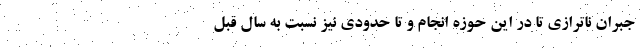
جبران نا‌ترازی تا در این حوزه انجام و تا حدودی نیز نسبت به سال قبل